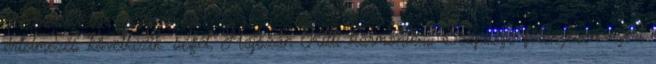
értelmezés következik. ségét, Hajszán Kitti harmonikus Szépsége fölényesen nyeri